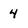
Character: 4